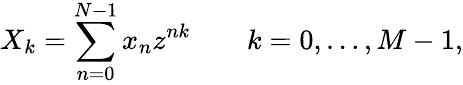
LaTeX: X_{k}=\sum_{n=0}^{N-1}x_{n}z^{nk}\qquad k=0,\dots,M-1,